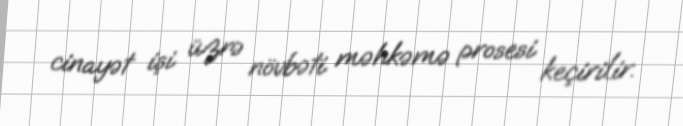
cinayət işi üzrə növbəti məhkəmə prosesi keçirilir.